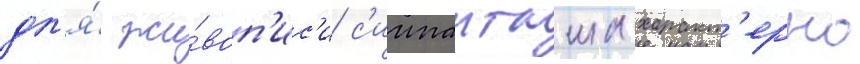
дл'я́ жи́воп'ис'и с'иипанташа характ'ерно